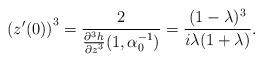
LaTeX: \begin{align*}\left(z'(0)\right)^{3}=\frac{2}{\frac{\partial^{3}h}{\partial z^{3}}(1,\alpha_{0}^{-1})}=\frac{(1-\lambda)^{3}}{i\lambda(1+\lambda)}.\end{align*}